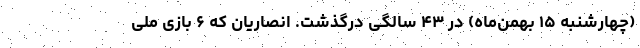
(چهارشنبه ۱۵ بهمن‌ماه) در ۴۳ سالگی درگذشت. انصاریان که ۶ بازی ملی